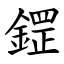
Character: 鎠